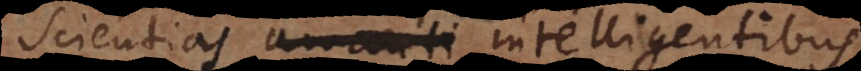
scientias amanti intelligentibus.